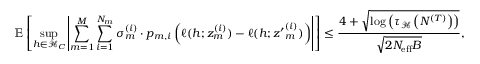
\mathbb { E } \left[ \operatorname* { s u p } _ { h \in \mathcal { H } _ { C } } \left| \sum _ { m = 1 } ^ { M } \sum _ { i = 1 } ^ { N _ { m } } \sigma _ { m } ^ { ( i ) } \cdot p _ { m , i } \left( \ell ( h ; z _ { m } ^ { ( i ) } ) - \ell ( h ; { z ^ { \prime } } _ { m } ^ { ( i ) } ) \right) \right| \right] \leq \frac { 4 + \sqrt { \log \left( \tau _ { \mathcal { H } } \left( N ^ { ( T ) } \right) \right) } } { \sqrt { 2 N _ { \mathrm { e f f } } B } } ,